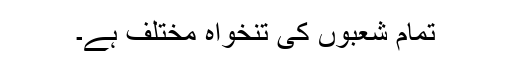
تمام شعبوں کی تنخواہ مختلف ہے۔